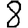
Digit: 8